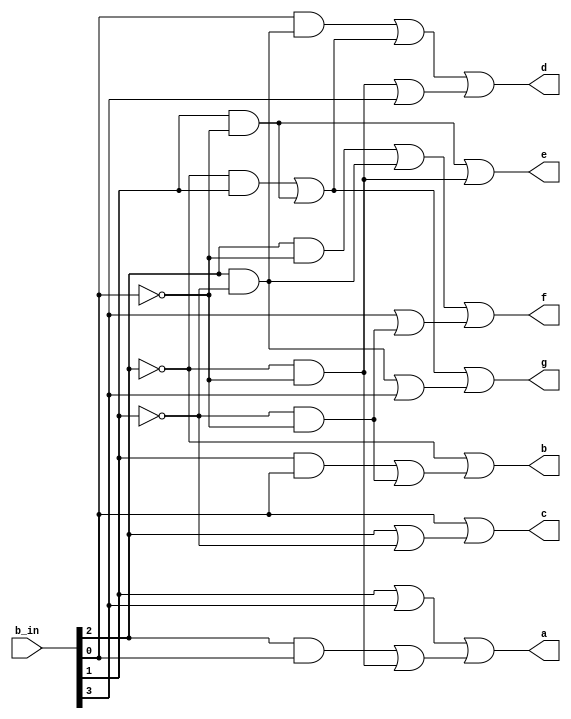
// Copyright (C) 2020  Intel Corporation. All rights reserved.
// Your use of Intel Corporation's design tools, logic functions 
// and other software and tools, and any partner logic 
// functions, and any output files from any of the foregoing 
// (including device programming or simulation files), and any 
// associated documentation or information are expressly subject 
// to the terms and conditions of the Intel Program License 
// Subscription Agreement, the Intel Quartus Prime License Agreement,
// the Intel FPGA IP License Agreement, or other applicable license
// agreement, including, without limitation, that your use is for
// the sole purpose of programming logic devices manufactured by
// Intel and sold by Intel or its authorized distributors.  Please
// refer to the applicable agreement for further details, at
// https://fpgasoftware.intel.com/eula.

// PROGRAM		"Quartus Prime"
// VERSION		"Version 20.1.1 Build 720 11/11/2020 SJ Lite Edition"
// CREATED		"Thu Dec 01 21:36:23 2022"

module b2seg_bus(
	b_in,
	a,
	b,
	c,
	d,
	e,
	f,
	g
);


input wire	[3:0] b_in;
output wire	a;
output wire	b;
output wire	c;
output wire	d;
output wire	e;
output wire	f;
output wire	g;

wire	SYNTHESIZED_WIRE_38;
wire	SYNTHESIZED_WIRE_39;
wire	SYNTHESIZED_WIRE_40;
wire	SYNTHESIZED_WIRE_3;
wire	SYNTHESIZED_WIRE_41;
wire	SYNTHESIZED_WIRE_5;
wire	SYNTHESIZED_WIRE_6;
wire	SYNTHESIZED_WIRE_7;
wire	SYNTHESIZED_WIRE_42;
wire	SYNTHESIZED_WIRE_43;
wire	SYNTHESIZED_WIRE_10;
wire	SYNTHESIZED_WIRE_12;
wire	SYNTHESIZED_WIRE_44;
wire	SYNTHESIZED_WIRE_45;
wire	SYNTHESIZED_WIRE_16;
wire	SYNTHESIZED_WIRE_17;
wire	SYNTHESIZED_WIRE_21;
wire	SYNTHESIZED_WIRE_23;
wire	SYNTHESIZED_WIRE_24;
wire	SYNTHESIZED_WIRE_28;
wire	SYNTHESIZED_WIRE_29;
wire	SYNTHESIZED_WIRE_30;
wire	SYNTHESIZED_WIRE_31;





assign	SYNTHESIZED_WIRE_43 =  ~b_in[2];

assign	SYNTHESIZED_WIRE_30 = b_in[0] & SYNTHESIZED_WIRE_38;

assign	SYNTHESIZED_WIRE_38 = b_in[2] & SYNTHESIZED_WIRE_39;

assign	SYNTHESIZED_WIRE_21 = b_in[2] & SYNTHESIZED_WIRE_40;

assign	SYNTHESIZED_WIRE_6 = SYNTHESIZED_WIRE_3 | SYNTHESIZED_WIRE_41;

assign	SYNTHESIZED_WIRE_39 =  ~b_in[1];

assign	SYNTHESIZED_WIRE_5 = b_in[1] | b_in[3];

assign	a = SYNTHESIZED_WIRE_5 | SYNTHESIZED_WIRE_6;

assign	SYNTHESIZED_WIRE_10 = SYNTHESIZED_WIRE_7 | SYNTHESIZED_WIRE_42;

assign	b = SYNTHESIZED_WIRE_43 | SYNTHESIZED_WIRE_10;

assign	SYNTHESIZED_WIRE_12 = b_in[2] | SYNTHESIZED_WIRE_39;

assign	c = b_in[0] | SYNTHESIZED_WIRE_12;

assign	SYNTHESIZED_WIRE_17 = SYNTHESIZED_WIRE_41 | b_in[3];

assign	SYNTHESIZED_WIRE_31 = SYNTHESIZED_WIRE_44 | SYNTHESIZED_WIRE_45;

assign	d = SYNTHESIZED_WIRE_16 | SYNTHESIZED_WIRE_17;

assign	e = SYNTHESIZED_WIRE_45 | SYNTHESIZED_WIRE_41;

assign	SYNTHESIZED_WIRE_40 =  ~b_in[0];

assign	SYNTHESIZED_WIRE_24 = b_in[3] | SYNTHESIZED_WIRE_42;

assign	SYNTHESIZED_WIRE_23 = SYNTHESIZED_WIRE_21 | SYNTHESIZED_WIRE_38;

assign	f = SYNTHESIZED_WIRE_23 | SYNTHESIZED_WIRE_24;

assign	SYNTHESIZED_WIRE_29 = SYNTHESIZED_WIRE_38 | b_in[3];

assign	SYNTHESIZED_WIRE_28 = SYNTHESIZED_WIRE_44 | SYNTHESIZED_WIRE_45;

assign	g = SYNTHESIZED_WIRE_28 | SYNTHESIZED_WIRE_29;

assign	SYNTHESIZED_WIRE_16 = SYNTHESIZED_WIRE_30 | SYNTHESIZED_WIRE_31;

assign	SYNTHESIZED_WIRE_41 = SYNTHESIZED_WIRE_43 & SYNTHESIZED_WIRE_40;

assign	SYNTHESIZED_WIRE_3 = b_in[2] & b_in[0];

assign	SYNTHESIZED_WIRE_42 = SYNTHESIZED_WIRE_39 & SYNTHESIZED_WIRE_40;

assign	SYNTHESIZED_WIRE_7 = b_in[1] & b_in[0];

assign	SYNTHESIZED_WIRE_45 = b_in[1] & SYNTHESIZED_WIRE_40;

assign	SYNTHESIZED_WIRE_44 = SYNTHESIZED_WIRE_43 & b_in[1];


endmodule